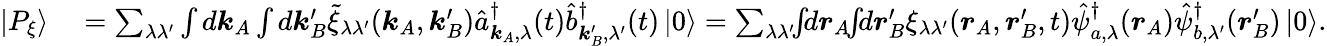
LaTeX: \begin{array}{rl}{\left|P_{\xi}\right\rangle}&{{}=\sum_{\lambda\lambda^{\prime}}\int d\boldsymbol{k}_{A}\int d\boldsymbol{k}_{B}^{\prime}\tilde{\xi}_{\lambda\lambda^{\prime}}(\boldsymbol{k}_{A},\boldsymbol{k}_{B}^{\prime})\hat{a}_{\boldsymbol{k}_{A},\lambda}^{\dagger}(t)\hat{b}_{\boldsymbol{k}_{B}^{\prime},\lambda^{\prime}}^{\dagger}(t)\left|0\right\rangle=\sum_{\lambda\lambda^{\prime}}\! \! \int\! \! d\boldsymbol{r}_{A}\! \! \int\! \! d\boldsymbol{r}_{B}^{\prime}\xi_{\lambda\lambda^{\prime}}(\boldsymbol{r}_{A},\boldsymbol{r}_{B}^{\prime},t)\hat{\psi}_{a,\lambda}^{\dagger}(\boldsymbol{r}_{A})\hat{\psi}_{b,\lambda^{\prime}}^{\dagger}(\boldsymbol{r}_{B}^{\prime})\left|0\right\rangle.}\end{array}